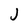
Character: J